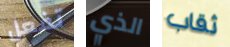
تفعل الذي ثقاب